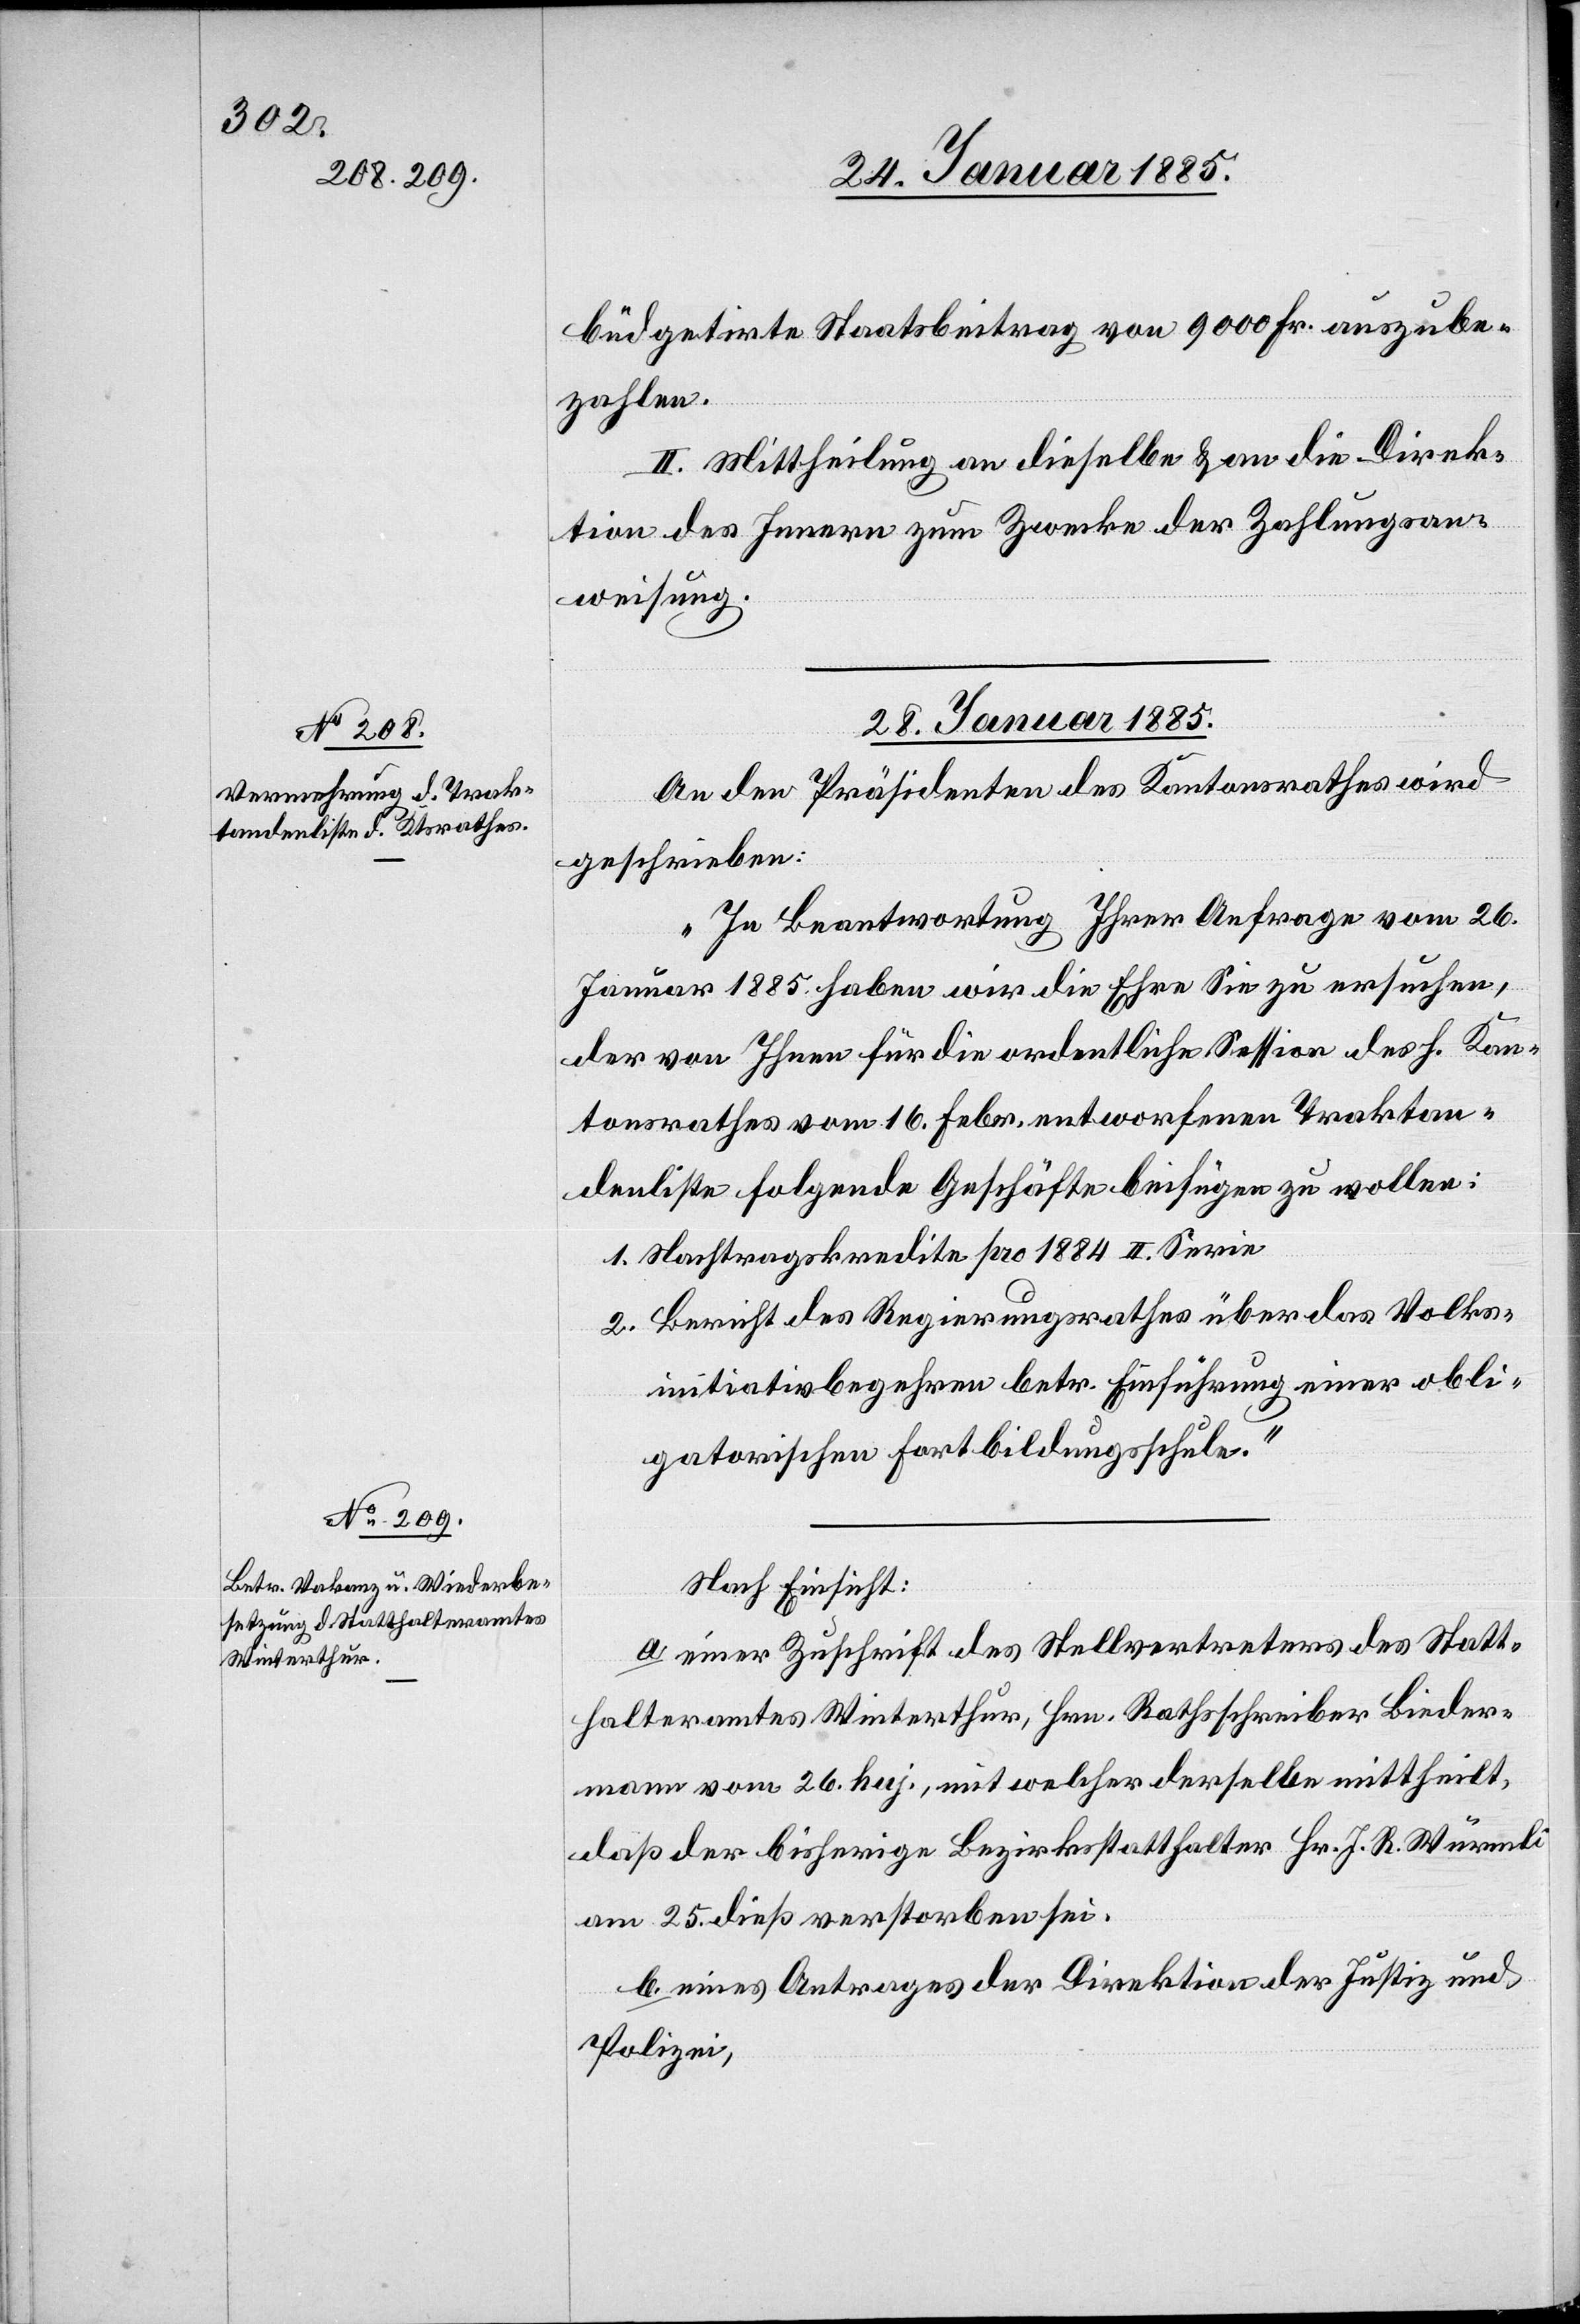
büdgetirte Staatsbeitrag von 9000 Fr. auszube¬
zahlen.
II. Mittheilung an dieselbe & an die Direk¬
tion des Innern zum Zwecke der Zahlungsan¬
weisung.
28. Januar 1885.]
An den Präsidenten des Kantonsrathes wird
geschrieben:
„In Beantwortung Ihrer Anfrage vom 26.
Januar 1885 haben wir die Ehre Sie zu ersuchen,
der von Ihnen für die ordentliche Session des h. Kan¬
tonsrathes vom 16. Febr. entworfenen Traktan¬
denliste folgende Geschäfte beifügen zu wollen:
1. Nachtragskredite pro 1885 II. Serie
2. Bericht des Regierungsrathes über das volks¬
initiativbegehren betr. Einführung einer obli¬
gatorischen Fortbildungsschule.“
Nach Einsicht:
a. einer Zuschrift des Stellvertreters des Statt¬
halteramtes Winterthur, Hrn. Rathsschreiber Bieder¬
mann vom 26. huj., mit welcher derselbe mittheilt,
daß der bisherige Bezirksstatthalter Hr. J. R. Würmli
am 25. dieß verstorben sei.
b. eines Antrages der Direktion der Justiz &
Polizei,